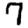
Digit: 7